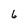
Character: 6